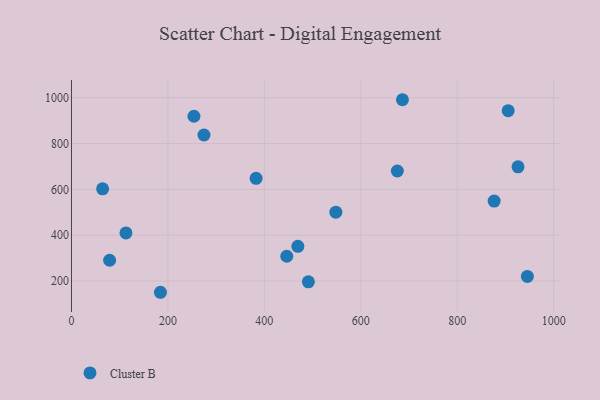
{"axis": {"x": "Distance", "y": "Sales"}, "legend": ["Cluster B"], "data": [{"x": "548.3", "y": 500.6, "type": "Cluster B"}, {"x": "686.4", "y": 990.9, "type": "Cluster B"}, {"x": "905.7", "y": 943.0, "type": "Cluster B"}, {"x": "274.8", "y": 837.0, "type": "Cluster B"}, {"x": "876.6", "y": 548.6, "type": "Cluster B"}, {"x": "184.5", "y": 151.0, "type": "Cluster B"}, {"x": "469.5", "y": 351.5, "type": "Cluster B"}, {"x": "382.9", "y": 648.1, "type": "Cluster B"}, {"x": "254.0", "y": 918.9, "type": "Cluster B"}, {"x": "79.1", "y": 290.6, "type": "Cluster B"}, {"x": "113.0", "y": 410.1, "type": "Cluster B"}, {"x": "491.3", "y": 196.7, "type": "Cluster B"}, {"x": "64.6", "y": 602.4, "type": "Cluster B"}, {"x": "446.5", "y": 308.2, "type": "Cluster B"}, {"x": "675.8", "y": 679.9, "type": "Cluster B"}, {"x": "945.5", "y": 220.2, "type": "Cluster B"}, {"x": "926.1", "y": 698.2, "type": "Cluster B"}]}